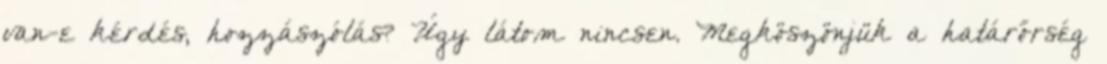
van-e kérdés, hozzászólás? Úgy látom nincsen. Megköszönjük a határőrség